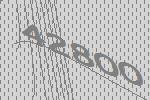
42800